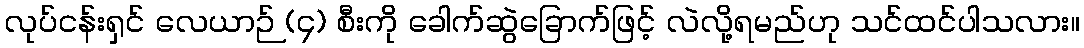
လုပ်ငန်းရှင် လေယာဉ် (၄) စီးကို ခေါက်ဆွဲခြောက်ဖြင့် လဲလို့ရမည်ဟု သင်ထင်ပါသလား။